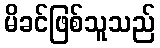
မိခင်ဖြစ်သူသည်